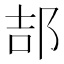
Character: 郆